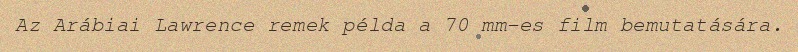
Az Arábiai Lawrence remek példa a 70 mm-es film bemutatására.